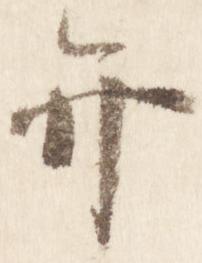
弁